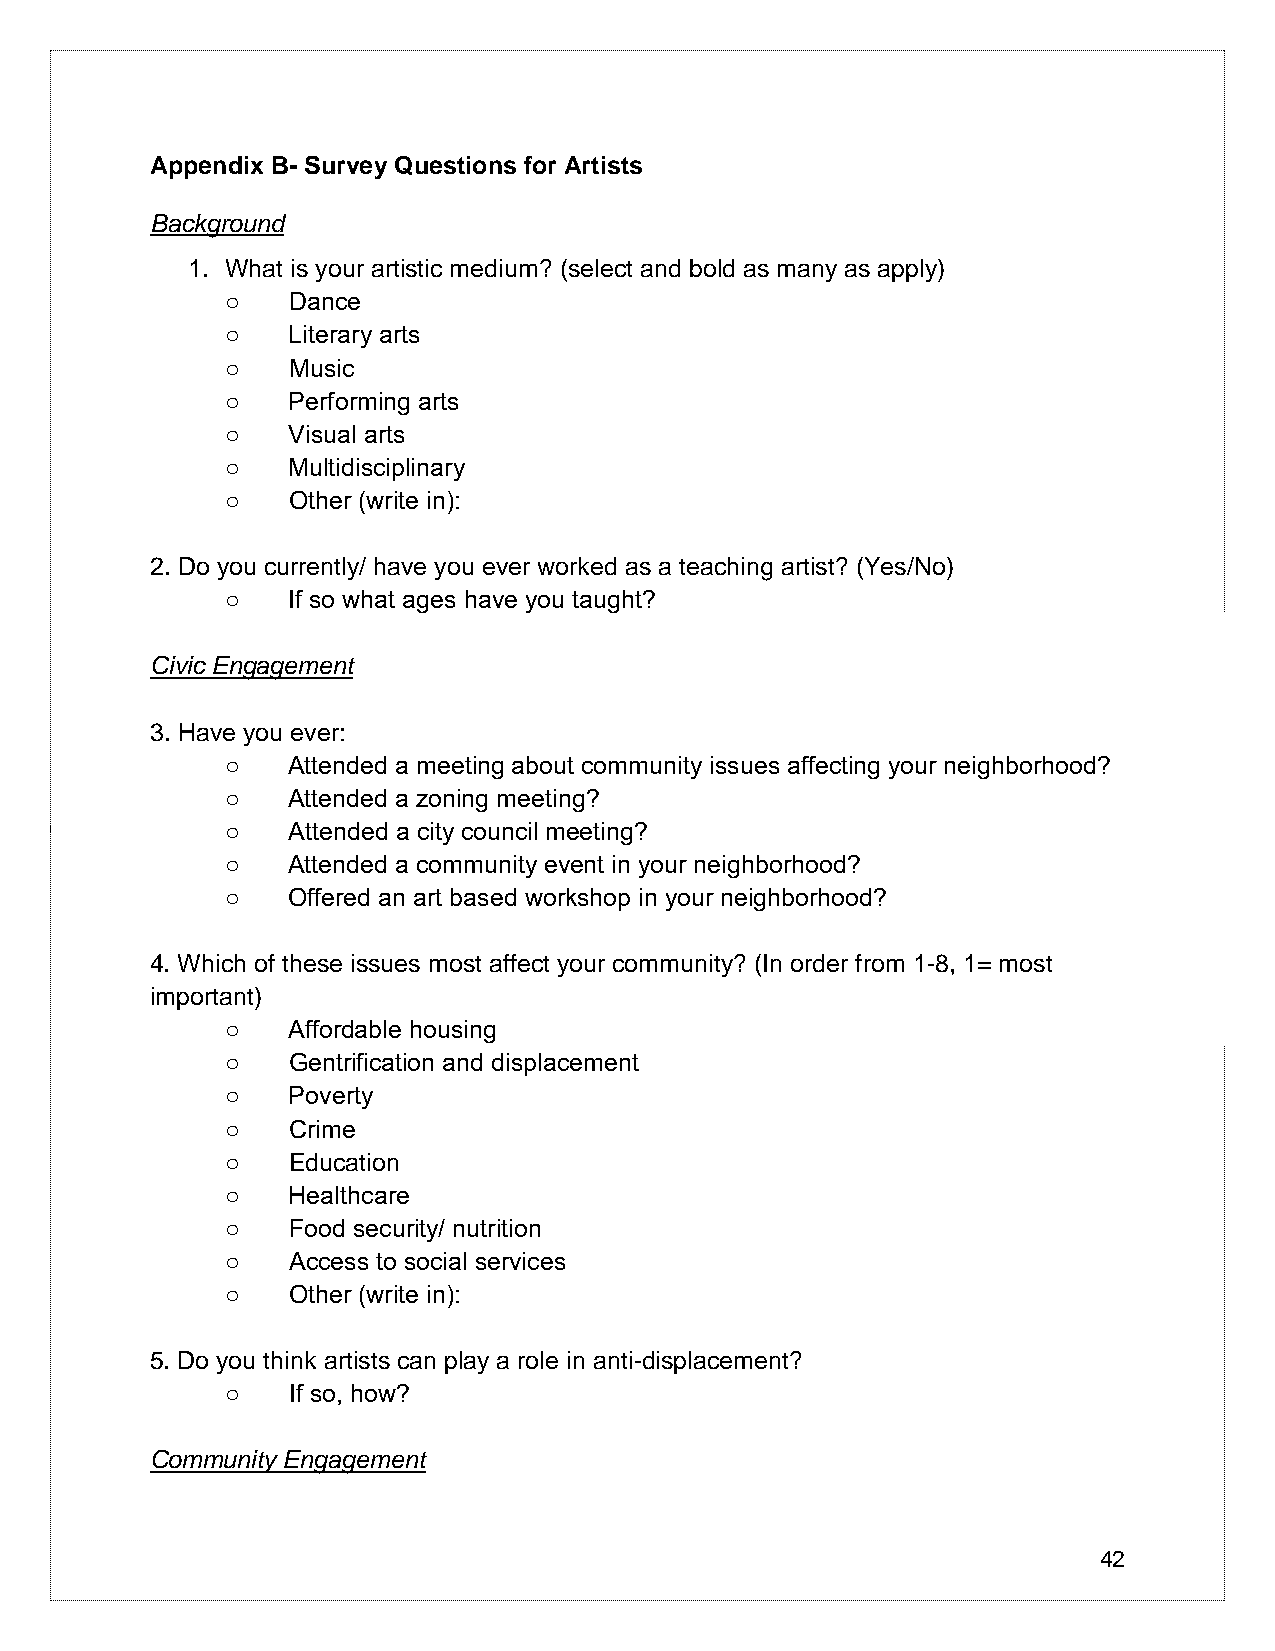
Appendix B- Survey Questions for Artists
 Background
 1. What is your artistic medium? (select and bold as many as apply)
 ○   Dance
 ○   Literary arts
 ○   Music
 ○   Performing arts
 ○   Visual arts
 ○   Multidisciplinary
 ○   Other (write in):
 2. Do you currently/ have you ever worked as a teaching artist? (Yes/No)
 ○   If so what ages have you taught?
 Civic Engagement
 3. Have you ever:
 ○   Attended a meeting about community issues affecting your neighborhood?
 ○   Attended a zoning meeting?
 ○   Attended a city council meeting?
 ○   Attended a community event in your neighborhood?
 ○   Offered an art based workshop in your neighborhood?
 4. Which of these issues most affect your community? (In order from 1-8, 1= most
 important)
 ○   Affordable housing
 ○   Gentrification and displacement
 ○   Poverty
 ○   Crime
 ○   Education
 ○   Healthcare
 ○   Food security/ nutrition
 ○   Access to social services
 ○   Other (write in):
 5. Do you think artists can play a role in anti-displacement?
 ○   If so, how?
 Community Engagement
 42